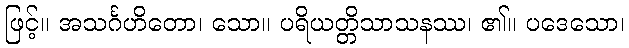
ဖြင့်။ အသင်္ဂဟိတော၊ သော။ ပရိယတ္တိသာသနဿ၊ ၏။ ပဒေသော၊